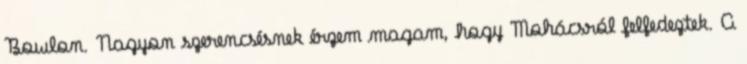
Bowlon. Nagyon szerencsésnek érzem magam, hogy Mohácsról felfedeztek. A